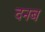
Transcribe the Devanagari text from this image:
दनब